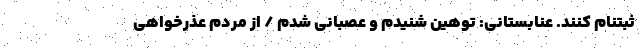
ثبتنام کنند. عنابستانی: توهین شنیدم و عصبانی شدم / از مردم عذرخواهی